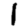
Digit: 1